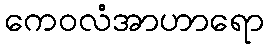
ကေဝလံအာဟာရော